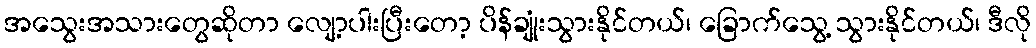
အသွေးအသားတွေဆိုတာ လျော့ပါးပြီးတော့ ပိန်ချုံးသွားနိုင်တယ်၊ ခြောက်သွေ့ သွားနိုင်တယ်၊ ဒီလို